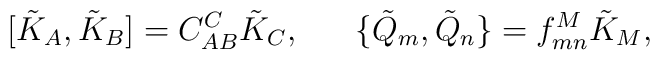
[\tilde{K}_A,\tilde{K}_B]=C^C_{AB}\tilde{K}_C,\ \ \ \ \ \{\tilde{Q}_m,\tilde{Q}_n\}=f^M_{mn}\tilde{K}_M,